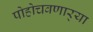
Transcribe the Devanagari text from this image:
पोहोचवणार्‍या